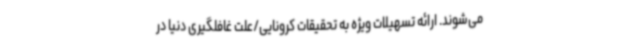
می‌شوند. ارائه تسهیلات ویژه به تحقیقات کرونایی/علت غافلگیری دنیا در